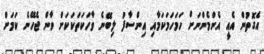
އެގޮތުން އެއީ އެންމެންނަށް ހަމަހަމަކަމާއި އިންސާފު ލިބޭނެ ވާހަކަތަކަކަށް ވާން ޖެހޭނެ ކަަމަށް